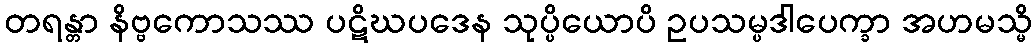
တရန္တာ နိဗ္ဗကောသဿ ပဋိဃပဒေန သုပ္ပိယောပိ ဥပသမ္ပဒါပေက္ခာ အဟမသ္မိ